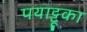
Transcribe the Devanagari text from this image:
पयाट्टूका